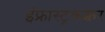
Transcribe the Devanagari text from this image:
इंफ्रास्ट्रकक्चर